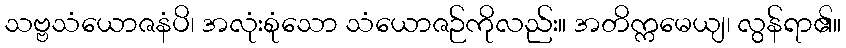
သဗ္ဗသံယောဇနံပိ၊ အလုံးစုံသော သံယောဇဉ်ကိုလည်း။ အတိက္ကမေယျ၊ လွန်ရာ၏။